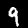
Label: 9